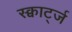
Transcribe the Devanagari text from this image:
स्क्वार्ट्ज